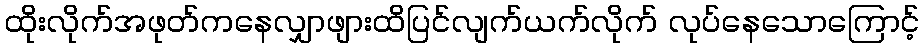
ထိုးလိုက်အဖုတ်ကနေလျှာဖျားထိပြင်လျက်ယက်လိုက် လုပ်နေသောကြောင့်